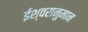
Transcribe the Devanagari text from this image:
ईश्वरानुमान